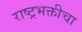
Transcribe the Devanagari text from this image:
राष्ट्रभक्तीचा